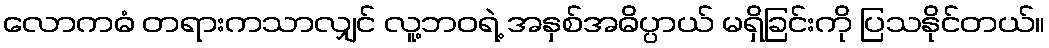
လောကဓံ တရားကသာလျှင် လူ့ဘဝရဲ့ အနှစ်အဓိပ္ပာယ် မရှိခြင်းကို ပြသနိုင်တယ်။